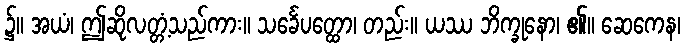
၌။ အယံ၊ ဤဆိုလတ္တံ့သည်ကား။ သင်္ခေပတ္ထော၊ တည်း။ ယဿ ဘိက္ခုနော၊ ၏။ ဆေကေန၊